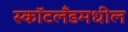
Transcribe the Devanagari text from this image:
स्कॉटलँडमधील